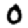
Digit: 0